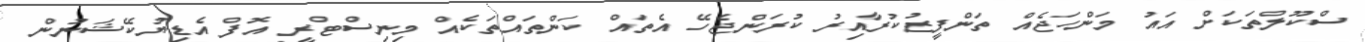
ސްކޫލްތަކަށް އައު މަންހަޖެއް ތަންފީޒުކުރާއިރު ކުރަންޖެހޭ އެތައް ކަންތައްތަކެއް މިނިސްޓްރީ އޮފް އެޑިޔުކޭޝަނުން